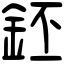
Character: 鉟